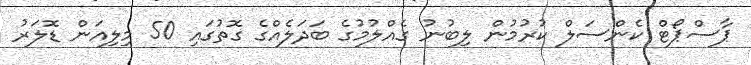
ޕާސްޕޯޓް ކެންސަލް ކުރުމުން ލިބުނު ގެއްލުމުގެ ބަދަލެއްގެ ގޮތުގައި 50 މިލިއަން ޑޮލަރު